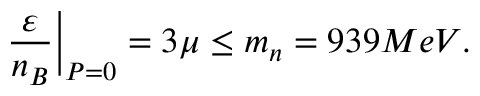
\frac { \varepsilon } { n _ { B } } \bigg | _ { P = 0 } = 3 \mu \leq m _ { n } = 9 3 9 M e V .